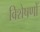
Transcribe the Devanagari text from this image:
विशेषणोँ